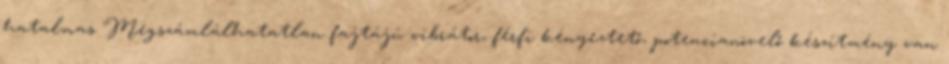
hatalmas Megszámlálhatatlan fajtájú vibrátor, férfi kényeztető, potencianövelő készítmény van